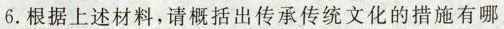
6. 根据上述材料，请概括出传承传统文化的措施有哪